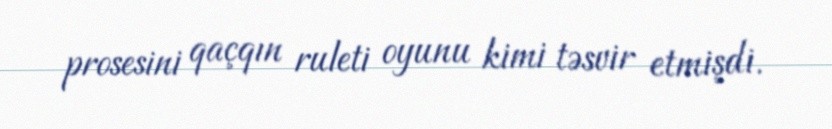
prosesini qaçqın ruleti oyunu kimi təsvir etmişdi.